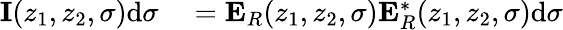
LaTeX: \begin{array}{rl}{\mathbf{I}(z_{1},z_{2},\sigma)\mathrm{d}\sigma}&{{}=\mathbf{E}_{R}(z_{1},z_{2},\sigma)\mathbf{E}_{R}^{*}(z_{1},z_{2},\sigma)\mathrm{d}\sigma}\end{array}